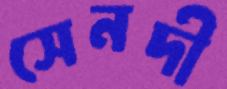
সেনদী